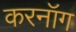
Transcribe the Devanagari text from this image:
करनॉग